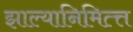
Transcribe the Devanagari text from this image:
झाल्यानिमित्त्त